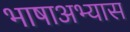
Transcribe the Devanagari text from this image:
भाषाअभ्यास